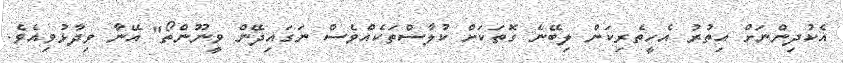
އެކުދިންނަށް އިތުރު އެހީތެރިކަން ލިބޭނެ ގޮތަކަށް ކުލާސްތަކެއްވެސް ނަގައިދޭން ވީނޫންތޯ" އޭނާ ވިދާޅުވިއެވެ.